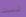
لست